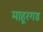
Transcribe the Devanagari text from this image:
माहूरगड